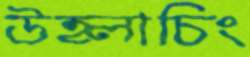
উহ্লাচিং